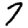
Digit: 7